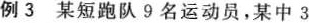
例3某短跑队9名运动员，某中3